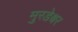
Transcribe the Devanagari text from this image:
मुरडेश्वर